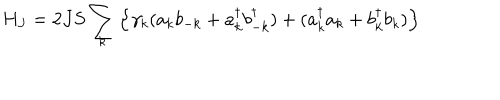
H _ { J } = 2 J S \sum _ { k } \left\{ \gamma _ { k } ( a _ { k } b _ { - k } + a _ { k } ^ { \dagger } b _ { - k } ^ { \dagger } ) + ( a _ { k } ^ { \dagger } a _ { k } + b _ { k } ^ { \dagger } b _ { k } ) \right\}